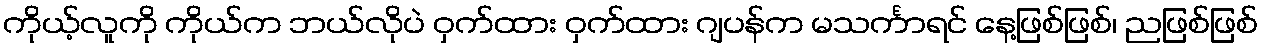
ကိုယ့်လူကို ကိုယ်က ဘယ်လိုပဲ ဝှက်ထား ဝှက်ထား ဂျပန်က မသင်္ကာရင် နေ့ဖြစ်ဖြစ်၊ ညဖြစ်ဖြစ်